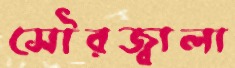
সৌরজ্বালা